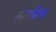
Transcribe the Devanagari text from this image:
मेन्सप्रिंग्स